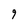
Character: 9